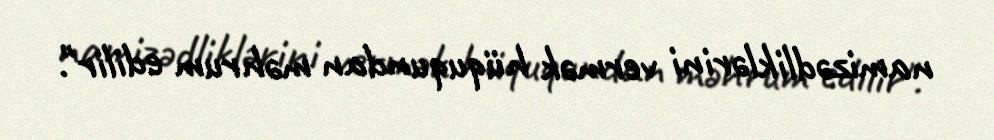
namizədliklərini vermək hüququndan məhrum edilir".